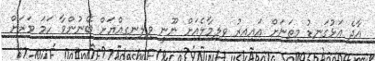
އާދެ އަޅުގަނޑު މިތަނަށް އައިއިރު ވިލިމާލެއަށް ނޫނީ ވިލިނގިއްޔަށް ބޭނުންވާ ހަމަ ވަރަށް